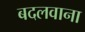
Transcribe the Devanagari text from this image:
बदलवाना